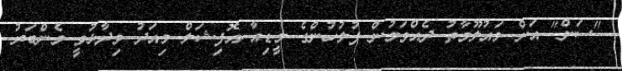
"ސަން" އަށް މައުލޫމާތު ދެއްވަމުން ފުލުހުންގެ މީޑިއާ އޮފިޝަލް މިއަދު ވިދާޅުވީ މެންބަރު